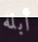
أبله